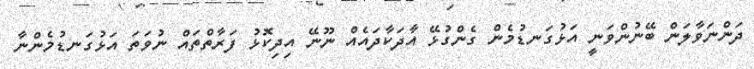
ދަންނަވާލަން ބޭނުންވަނީ އަޅުގަނޑުމެން ގެންގުޅޭ އާދަކާދައެއް ނޫނޭ އިދިކޮޅު ފަރާތްތައް ނުވަތަ އަޅުގަނޑުމެންނާ